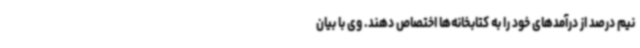
نیم درصد از درآمدهای خود را به کتابخانه‌ها اختصاص دهند. وی با بیان